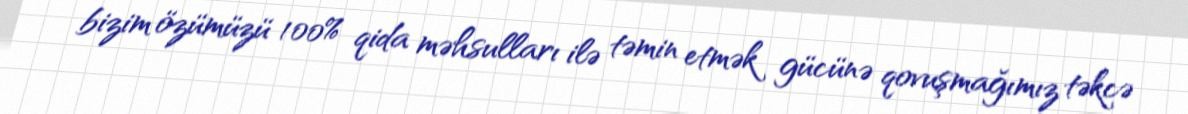
bizim özümüzü 100% qida məhsulları ilə təmin etmək gücünə qovuşmağımız təkcə